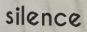
silence